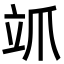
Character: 𮄨